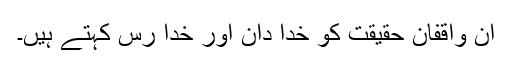
ان واقفانِ حقیقت کو خدا دان اور خدا رس کہتے ہیں۔